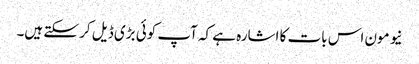
نیو مون اس بات کا اشارہ ہے کہ آپ کوئی بڑی ڈیل کر سکتے ہیں۔